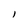
Character: I